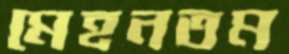
মেহনতম